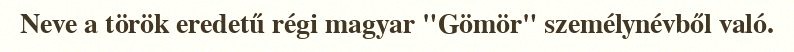
Neve a török eredetű régi magyar "Gömör" személynévből való.